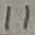
Text: 11